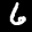
Label: 6